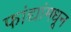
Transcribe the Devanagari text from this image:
फांद्यांमधून